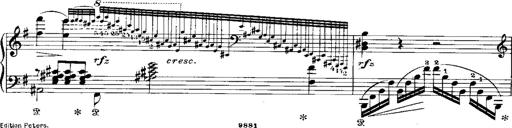
Title: RÃ©miniscences de Norma de Bellini
Composer: Franz Liszt